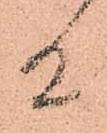
候